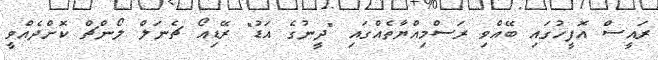
ރައީސް އޮފީހުގައި ބޭއްވި ރަސްމިއްޔާތެއްގައި "ދީނުގެ އަޑު" ރޭޑިއޯ ޗެނަލް ލޯންޗް ކޮށްދެއްވީ